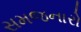
સમજનારો